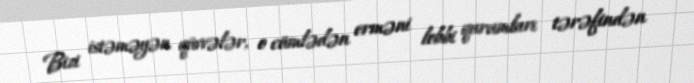
Bizi istəməyən qüvvələr, o cümlədən erməni lobbi qurumları tərəfindən